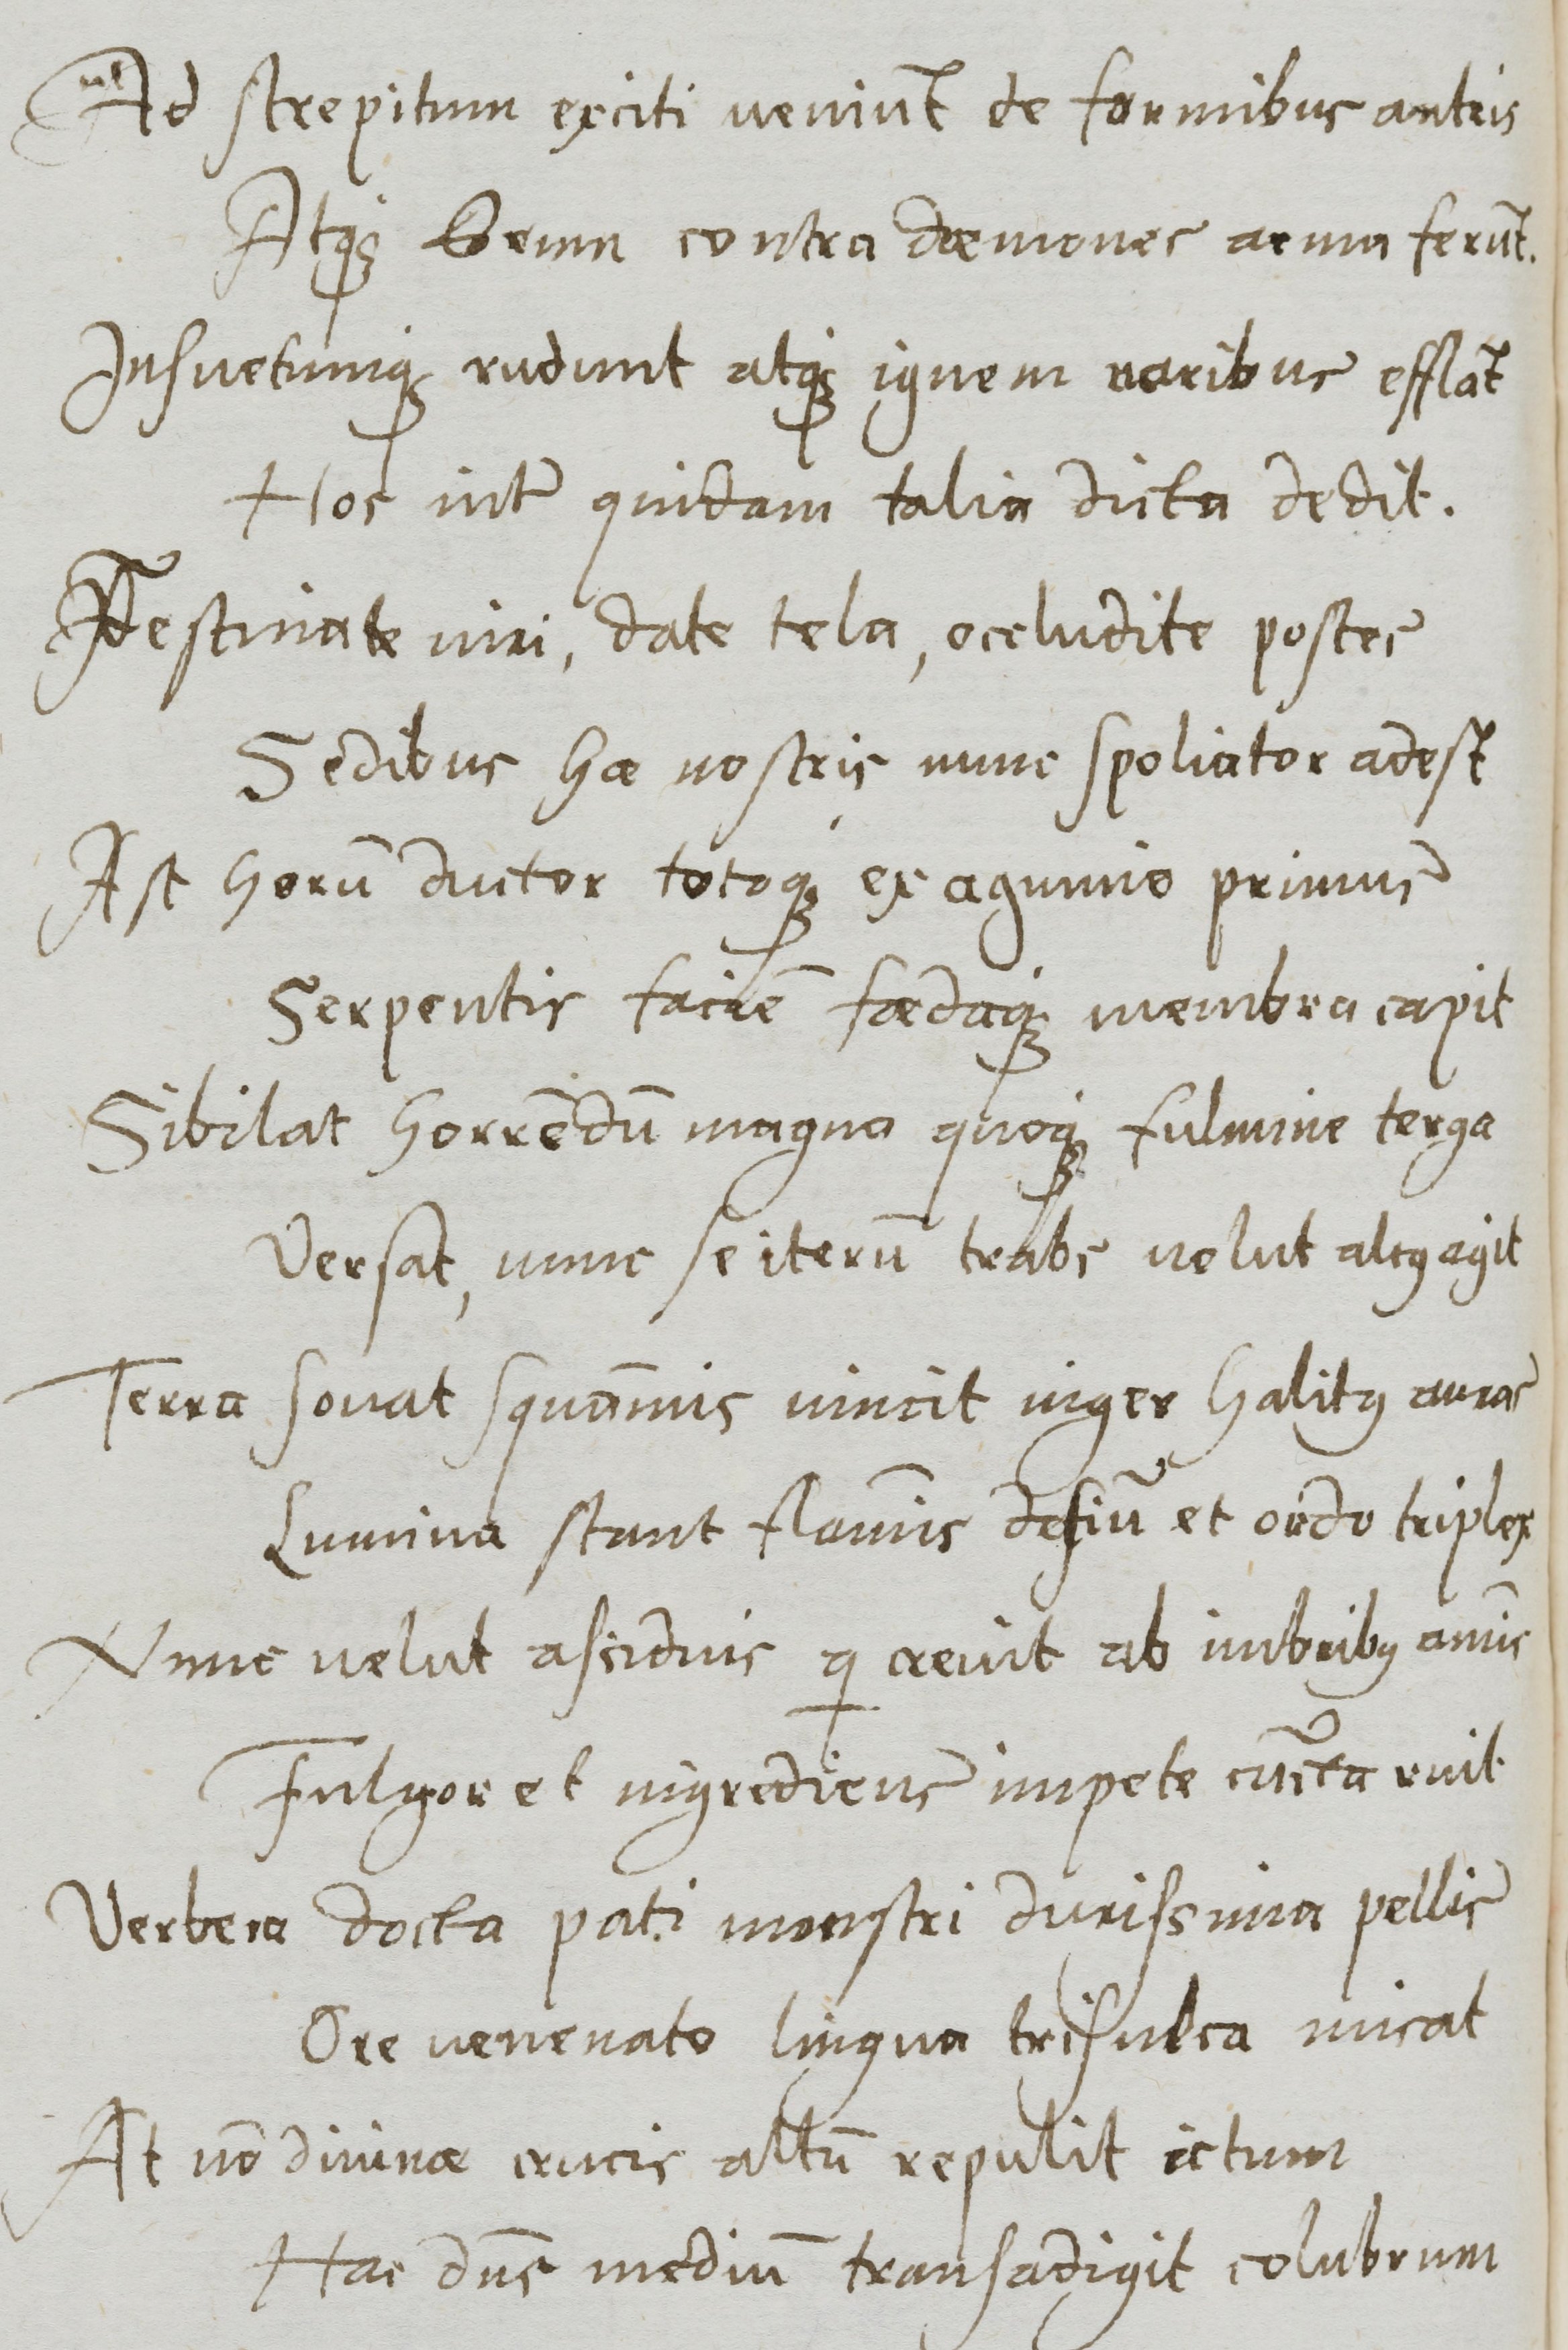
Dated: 1577–1577